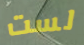
لست